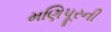
મણિપૂરની